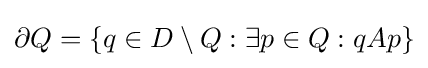
\partial Q=\{q\in D\setminus Q:\exists p\in Q:qAp\}